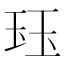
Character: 𤤴